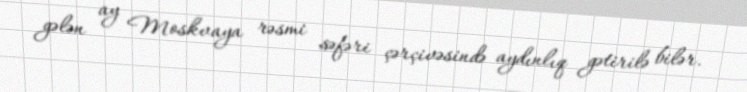
gələn ay Moskvaya rəsmi səfəri çərçivəsində aydınlıq gətirilə bilər.